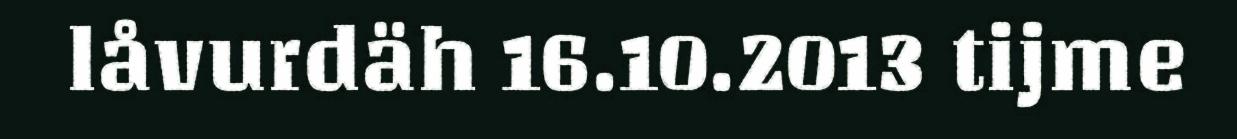
låvurdäh 16.10.2013 tijme